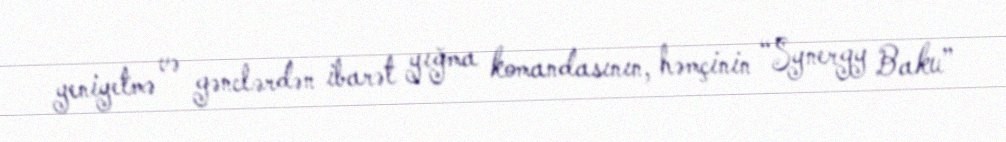
yeniyetmə və gənclərdən ibarət yığma komandasının, həmçinin “Synergy Baku”